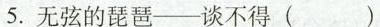
5.无弦的琵琶—谈不得（）